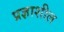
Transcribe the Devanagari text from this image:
प्रज्ञाशील